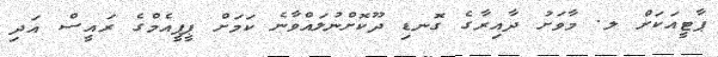
ޕާޓީއަކަށް ލ. މާވަށު ދާއިރާގެ ގޮނޑި ދޫކޮށްނުލައްވާނެ ކަމަށް ޕީޕީއެމްގެ ރައީސް އަދި